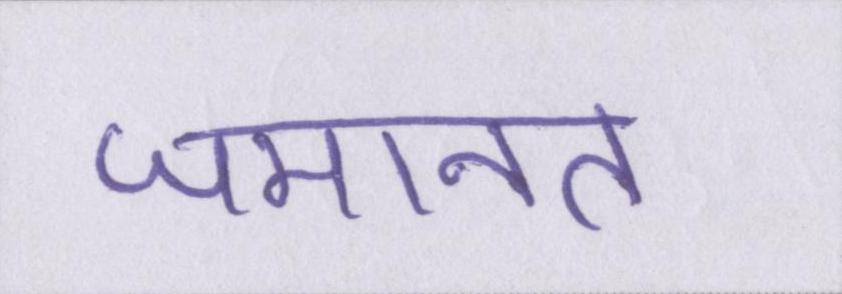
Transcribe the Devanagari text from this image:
जमानत